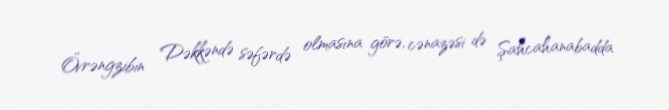
Övrəngzibin Dəkkəndə səfərdə olmasına görə, cənazəsi də Şahcahanabadda